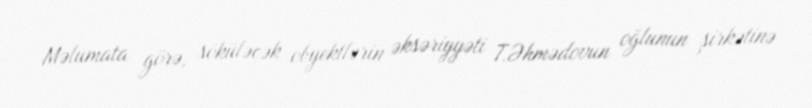
Məlumata görə, söküləcək obyektlərin əksəriyyəti T.Əhmədovun oğlunun şirkətinə